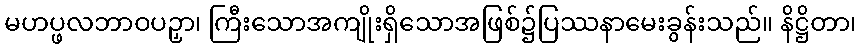
မဟပ္ဖလဘာဝပဉှာ၊ ကြီးသောအကျိုးရှိသောအဖြစ်၌ပြဿနာမေးခွန်းသည်။ နိဋ္ဌိတာ၊